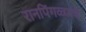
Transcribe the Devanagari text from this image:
रानपिंगळ्याचे